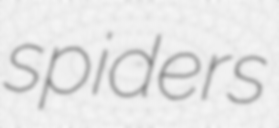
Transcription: spiders